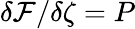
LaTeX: \delta\mathcal{F}/\delta\zeta=P